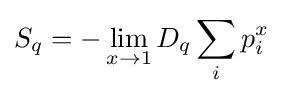
S_{q}=-\lim _{x\rightarrow 1}D_{q}\sum _{i}p_{i}^{x}